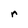
Character: r